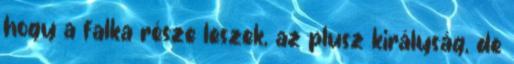
hogy a falka része leszek, az plusz királyság, de